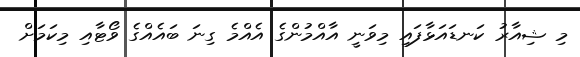
މި ޝިއާރު ކަނޑައަޅާފައި މިވަނީ އާއްމުންގެ އެއްމެ ގިނަ ބައެއްގެ ވޯޓާއި މިކަމަށް